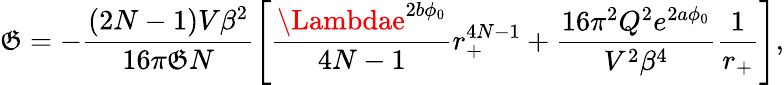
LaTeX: {\cal\mathfrak{G}}=-\frac{{(2N-1)V\beta^{2}}}{{16\pi\mathfrak{G}N}}\left[\frac{{\Lambdae^{2b\phi_{0}}}}{{4N-1}}r_{+}^{4N-1}+\frac{{16\pi^{2}Q^{2}e^{2a\phi_{0}}}}{{V^{2}\beta^{4}}}\frac{{1}}{{r_{+}}}\right],